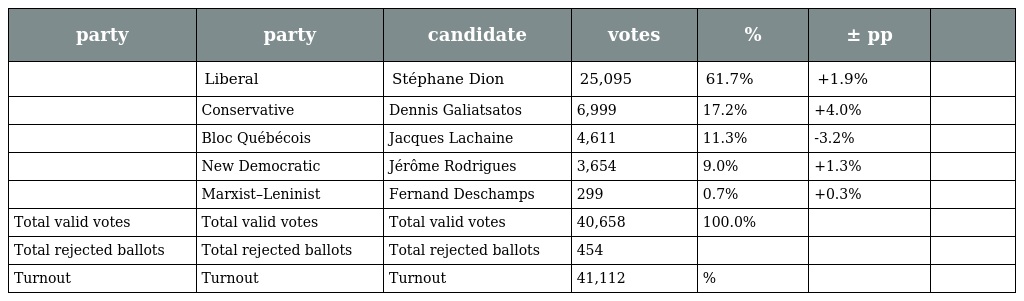
| party | party | candidate | votes | % | ± pp |  |
 | --- | --- | --- | --- | --- | --- | --- |
 |  | Liberal | Stéphane Dion | 25,095 | 61.7% | +1.9% |  |
 |  | Conservative | Dennis Galiatsatos | 6,999 | 17.2% | +4.0% |  |
 |  | Bloc Québécois | Jacques Lachaine | 4,611 | 11.3% | -3.2% |  |
 |  | New Democratic | Jérôme Rodrigues | 3,654 | 9.0% | +1.3% |  |
 |  | Marxist–Leninist | Fernand Deschamps | 299 | 0.7% | +0.3% |  |
 | Total valid votes | Total valid votes | Total valid votes | 40,658 | 100.0% |  |  |
 | Total rejected ballots | Total rejected ballots | Total rejected ballots | 454 |  |  |  |
 | Turnout | Turnout | Turnout | 41,112 | % |  |  |